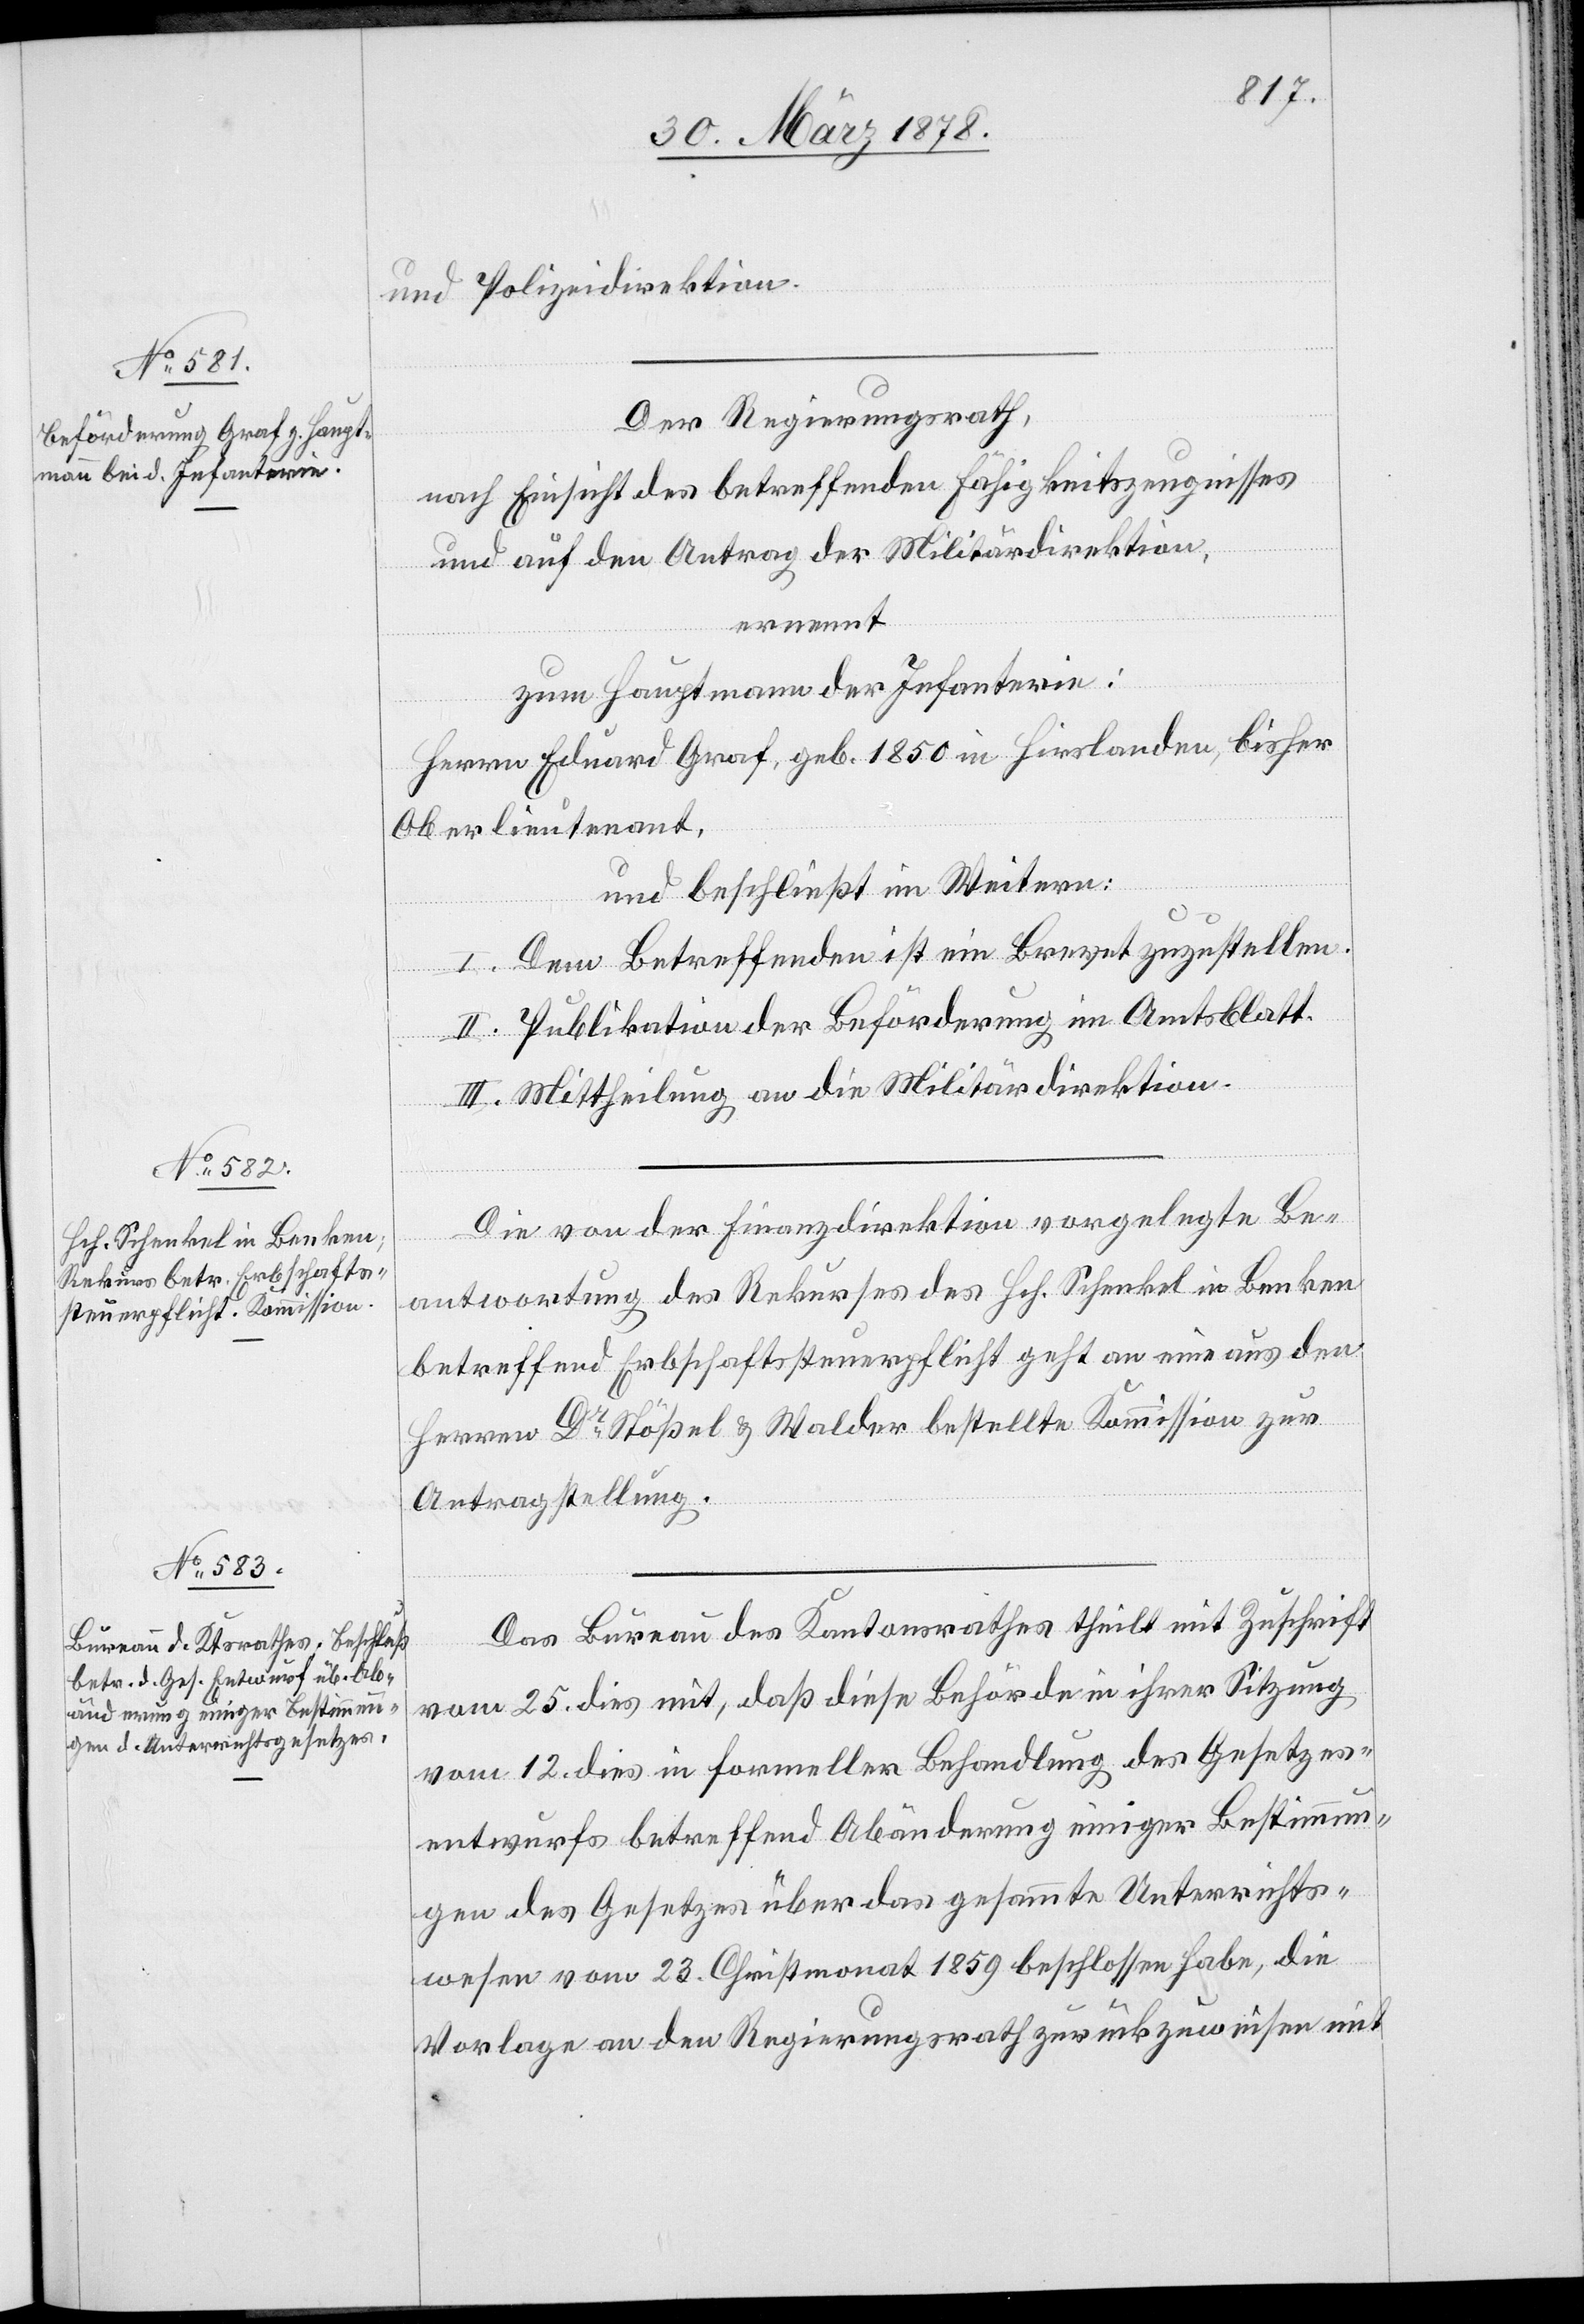
und Polizeidirektion.
Der Regierungsrath,
nach Einsicht des betreffenden Fähigkeitszeugnisses
und auf den Antrag der Militärdirektion,
ernennt
zum Hauptmann der Infanterie:
Herrn Eduard Graf, geb. 1850 in Hirslanden, bisher
Oberlieutenant,
und beschließt im Weitern:
I. Dem Betreffenden ist ein Brevet zuzustellen.
II. Publikation der Beförderung im Amtsblatt.
III. Mittheilung an die Militärdirektion.
Die von der Finanzdirektion vorgelegte Be¬
antwortung des Rekurses des Hch. Schenkel in Benken
betreffend Erbschaftsteuerpflicht geht an eine aus den
Herren Dr Stößel & Walder bestellte Kommission zur
Antragstellung.
Das Bureau des Kantonsrathes theilt mit Zuschrift
vom 25. dies mit, daß diese Behörde in ihrer Sitzung
vom 12. dies in formeller Behandlung des Gesetzes¬
entwurfs betreffend Abänderung einiger Bestimmun¬
gen des Gesetzes über das gesammte Unterrichts¬
wesen vom 23. Christmonat 1859 beschlossen habe, die
Vorlage an den Regierungsrath zurückzuweisen mit